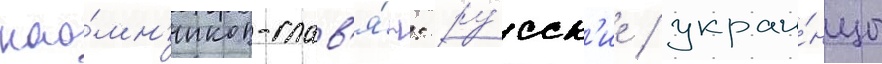
нао́мн'иков-слав'я́н: ру́сск'ие / украи́нцы